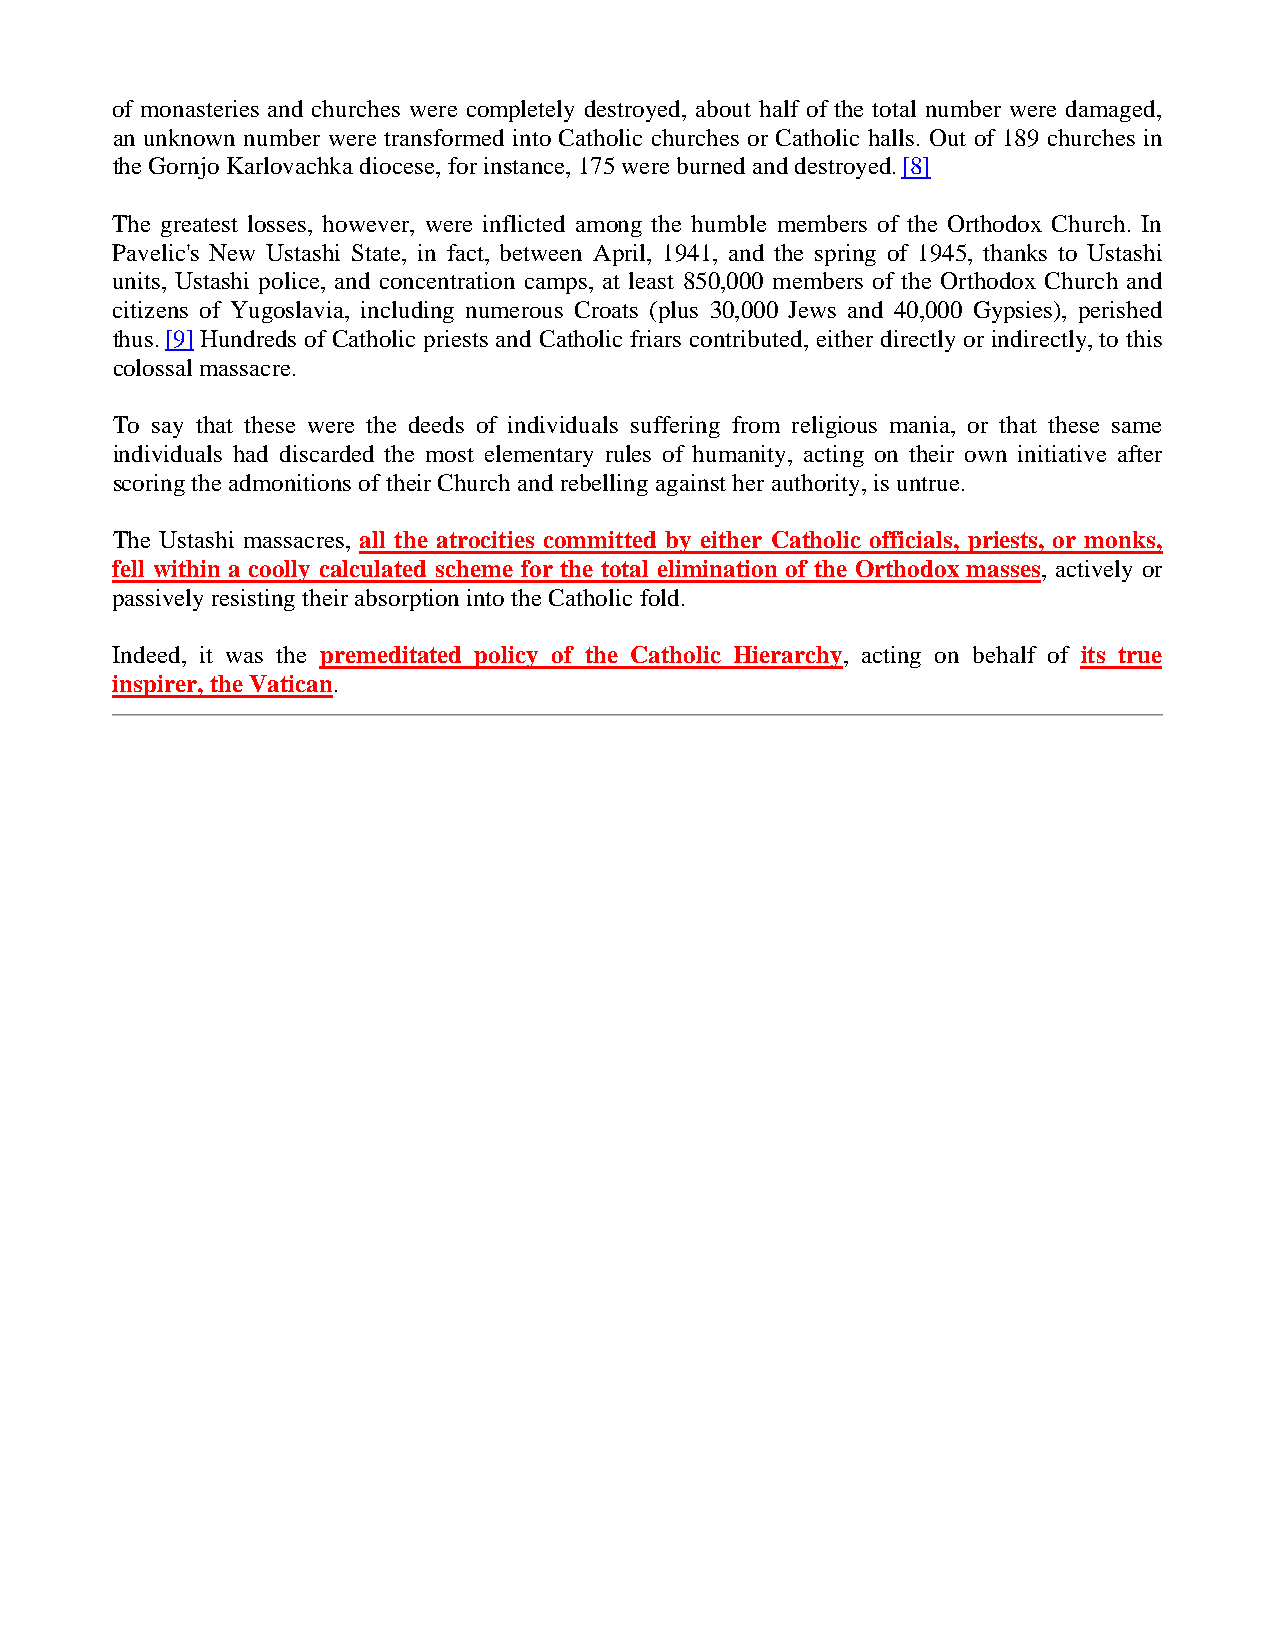
of monasteries and churches were completely destroyed, about half of the total number were damaged,
 an unknown number were transformed into Catholic churches or Catholic halls. Out of 189 churches in
 the Gornjo Karlovachka diocese, for instance, 175 were burned and destroyed. [8]
 The greatest losses, however, were inflicted among the humble members of the Orthodox Church. In
 Pavelic's New Ustashi State, in fact, between April, 1941, and the spring of 1945, thanks to Ustashi
 units, Ustashi police, and concentration camps, at least 850,000 members of the Orthodox Church and
 citizens of Yugoslavia, including numerous Croats (plus 30,000 Jews and 40,000 Gypsies), perished
 thus. [9] Hundreds of Catholic priests and Catholic friars contributed, either directly or indirectly, to this
 colossal massacre.
 To say that these were the deeds of individuals suffering from religious mania, or that these same
 individuals had discarded the most elementary rules of humanity, acting on their own initiative after
 scoring the admonitions of their Church and rebelling against her authority, is untrue.
 The Ustashi massacres, all the atrocities committed by either Catholic officials, priests, or monks,
 fell within a coolly calculated scheme for the total elimination of the Orthodox masses, actively or
 passively resisting their absorption into the Catholic fold.
 Indeed, it was the premeditated policy of the Catholic Hierarchy, acting on behalf of its true
 inspirer, the Vatican.